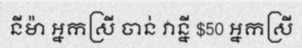
នីម៉ា អ្នកស្រី ចាន់ វាន្នី $50 អ្នកស្រី